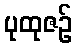
ပုထုဇဉ်